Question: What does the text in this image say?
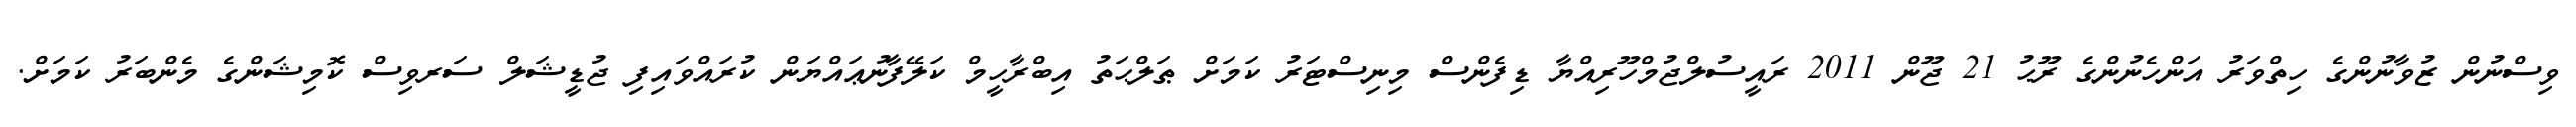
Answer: ވިސްނުން ޒުވާނުންގެ ހިތްވަރު އަންހެނުންގެ ރޫޙު 21 ޖޫން 2011 ރައީސުލްޖުމްހޫރިއްޔާ ޑިފެންސް މިނިސްޓަރު ކަމަށް ޠަލްޙަތު އިބްރާހީމް ކަލޭފާނުޢައްޔަން ކުރައްވައިފި ޖުޑީޝަލް ސަރވިސް ކޮމިޝަންގެ މެންބަރު ކަމަށް.